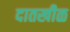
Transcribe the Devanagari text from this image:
दातखीळ